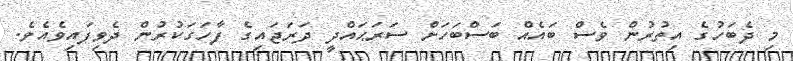
މި ދެބަހުގެ އިތުރުން ވެސް ބައެއް ބަސްބަހަށް ސަރަޙައްދީ ދަރަޖައިގެ ފާހަގަކުރުން ދެވިފައިވެއެވެ.